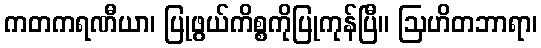
ကတကရဏီယာ၊ ပြုဖွယ်ကိစ္စကိုပြုကုန်ပြီ။ ဩဟိတဘာရာ၊